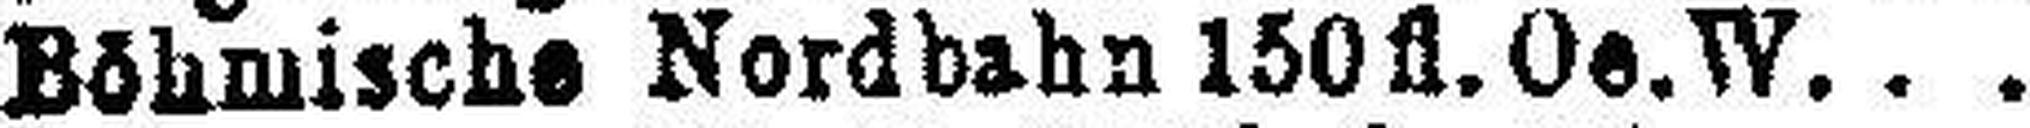
Böhmische Nordbahn 150fl. Oe.W.